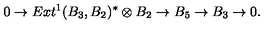
0 \to E x t ^ { 1 } ( B _ { 3 } , B _ { 2 } ) ^ { * } \otimes B _ { 2 } \to B _ { 5 } \to B _ { 3 } \to 0 .